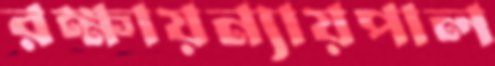
রক্ষায়ন্যায়পাল